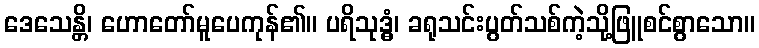
ဒေသေန္တိ၊ ဟောတော်မူပေကုန်၏။ ပရိသုဒ္ဓံ၊ ခရုသင်းပွတ်သစ်ကဲ့သို့ဖြူစင်စွာသော။